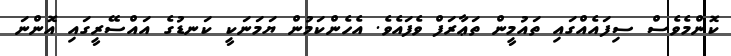
ކޮންމެވެސް ސިފައެއްގައި ތައުމީން ތަޢާރަފް ވެފައެވެ. އެހެންކަމުން ޔަމަނަކީ ކަނޑުގެ އައްސޭރީގައި އޮންނަ